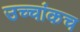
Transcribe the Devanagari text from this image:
उच्चांकच